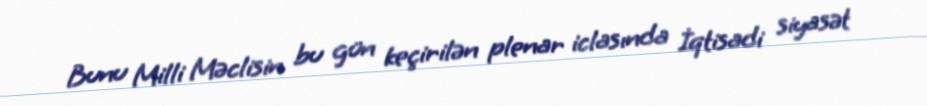
Bunu Milli Məclisin bu gün keçirilən plenar iclasında İqtisadi siyasət